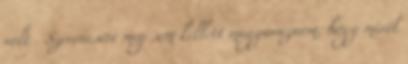
volt . Szerencsére meg sem kellett magyaráznom, hogy miről